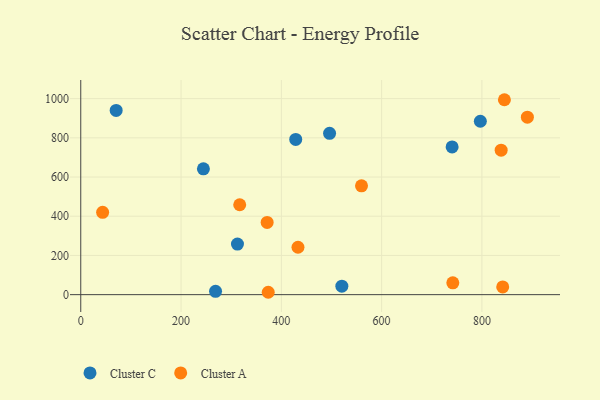
{"axis": {"x": "Price", "y": "Yield"}, "legend": ["Cluster A", "Cluster C"], "data": [{"x": "428.7", "y": 791.9, "type": "Cluster C"}, {"x": "496.2", "y": 823.1, "type": "Cluster C"}, {"x": "70.6", "y": 940.0, "type": "Cluster C"}, {"x": "796.9", "y": 884.5, "type": "Cluster C"}, {"x": "740.6", "y": 753.4, "type": "Cluster C"}, {"x": "312.5", "y": 257.9, "type": "Cluster C"}, {"x": "520.7", "y": 43.2, "type": "Cluster C"}, {"x": "268.8", "y": 17.0, "type": "Cluster C"}, {"x": "244.6", "y": 642.1, "type": "Cluster C"}, {"x": "838.4", "y": 736.8, "type": "Cluster A"}, {"x": "742.0", "y": 60.1, "type": "Cluster A"}, {"x": "841.5", "y": 39.5, "type": "Cluster A"}, {"x": "433.2", "y": 241.8, "type": "Cluster A"}, {"x": "371.7", "y": 368.3, "type": "Cluster A"}, {"x": "559.9", "y": 555.1, "type": "Cluster A"}, {"x": "844.9", "y": 994.4, "type": "Cluster A"}, {"x": "373.9", "y": 12.1, "type": "Cluster A"}, {"x": "890.7", "y": 905.3, "type": "Cluster A"}, {"x": "43.6", "y": 420.0, "type": "Cluster A"}, {"x": "317.0", "y": 458.5, "type": "Cluster A"}]}